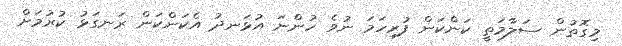
މިގޮތުން ސަލާމަތީ ކަންކަން ފުރިހަމަ ނުވެ ހުންނަ އުޅަނދު އެކަންކަން ރަނގަޅު ކުރުމަށް